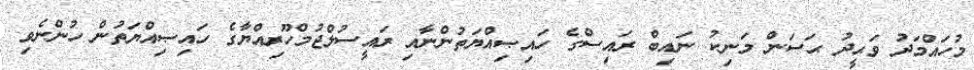
މުހައްމަދު ވަޙީދު ޙަސަން މަނިކު ނައިބް ރައިސްގެ ހައިޞިއްޔަތުންނާއި ރައީސުލްޖުމްހޫރިއްޔާގެ ހައިޞިއްޔަތުން ހުންނެވި